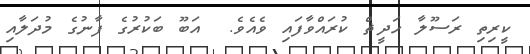
ކީރިތި ރަސޫލާ ހަދީޘް ކުރައްވާފައި ވެއެވެ.  އަބޫ ބަކުރުގެ ފާނުގެ މުދަލާއި